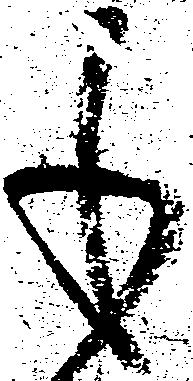
も